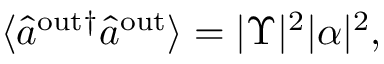
\begin{array} { r } { \langle \hat { a } ^ { \mathrm { { o u t } \dagger } } \hat { a } ^ { \mathrm { { o u t } } } \rangle = | \Upsilon | ^ { 2 } | \alpha | ^ { 2 } , } \end{array}